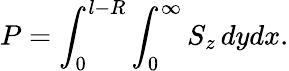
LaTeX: P=\int_{0}^{l-R}\int_{0}^{\infty}{S_{z}\, dydx}.